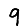
Digit: 9